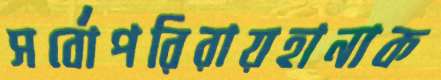
সর্বোপরিরায়হানাক